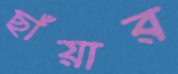
ছাঁয়ার